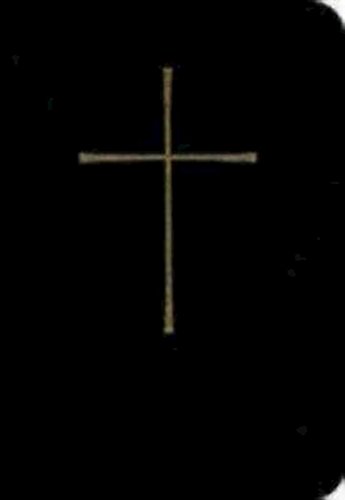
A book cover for Book of Common Prayer Deluxe Personal Edition: Black Bonded Leather; Church Publishing; Reference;